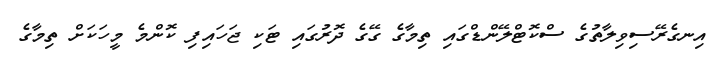
އިނގެރޭސިވިލާތުގެ ސްކޮޓްލޭންޑްގައި ތިމާގެ ގޭގެ ދޮރުގައި ޓަކި ޖަހައިފި ކޮންމެ މީހަކަށް ތިމާގެ